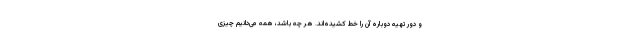
و دور تهیه دوباره آن را خط کشیده‌اند. هر چه باشد، همه می‌دانیم چیزی